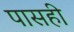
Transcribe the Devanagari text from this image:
पासही